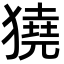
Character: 獟